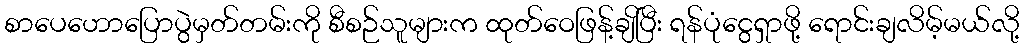
စာပေဟောပြောပွဲမှတ်တမ်းကို စီစဉ်သူများက ထုတ်ဝေဖြန့်ချိပြီး ရန်ပုံငွေရှာဖို့ ရောင်းချလိမ့်မယ်လို့